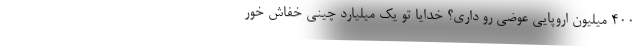
400 میلیون اروپایی عوضی رو داری؟ خدایا تو یک میلیارد چینی خفاش خور